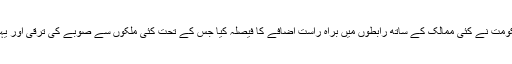
اِن حالات میں پنجاب میں مسلم لیگ(ن) کی حکومت نے کئی ممالک کے ساتھ رابطوں میں براہ راست اضافے کا فیصلہ کیا جس کے تحت کئی ملکوں سے صوبے کی ترقی اور یہاں سرمایہ کاری کے لئے معاہدے کئے گئے۔